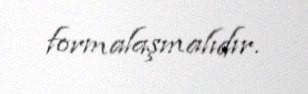
formalaşmalıdır.